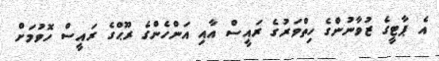
އެ ޕާޓީގެ ޒުވާނުންގެ ހިތްވަރުގެ ރައީސް އާއި އަންހެންގެ ރޫޙްގެ ރައީސް ހޮވުމަށް